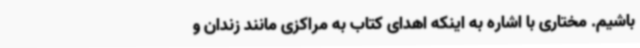
باشیم. مختاری با اشاره به اینکه اهدای کتاب به مراکزی مانند زندان و